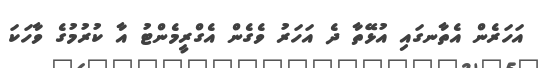
އަހަރެން އެތާނގައި އުޅޭތާ ދެ އަހަރު ވެގެން އެގްރީމެންޓު އާ ކުރުމުގެ ވާހަކަ